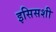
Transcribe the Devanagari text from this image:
इसिसशी